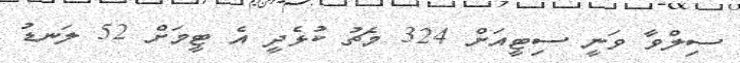
ސިލްވާ ވަނީ ސިޓީއަށް 324 މެޗު ކުޅެދީ އެ ޓީމަށް 52 ލަނޑު